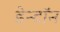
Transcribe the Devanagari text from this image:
डेन्टॉन